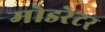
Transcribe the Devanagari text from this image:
मोडरेटर